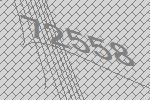
72558